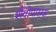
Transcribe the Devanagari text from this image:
शैवोपासक